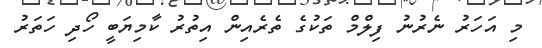
މި އަހަރު ނެރުނު ފިލްމް ތަކުގެ ތެރެއިން އިތުރު ކާމިޔަބީ ހޯދި ހަތަރު